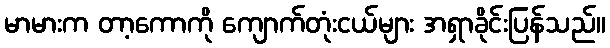
မာမားက တာ့ကောကို ကျောက်တုံးငယ်များ အရှာခိုင်းပြန်သည်။